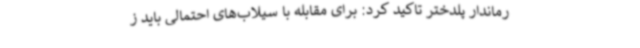
رماندار پلدختر تاکید کرد: برای مقابله با سیلاب‌های احتمالی باید ز